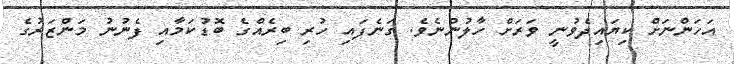
އަހަންނަށް ކިޔައިދެވުނީ ވަރަށް ހާލުންނެވެ. ގަނެފައި ހުރި ބިރެއްގެ ބޮޑުކަމާއި ފެނުނު މަންޒަރުގެ